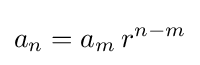
a_{n}=a_{m}\,r^{n-m}